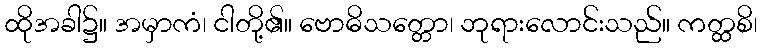
ထိုအခါ၌။ အမှာကံ၊ ငါတို့၏။ ဗောဓိသတ္တော၊ ဘုရားလောင်းသည်။ ကတ္ထစိ၊